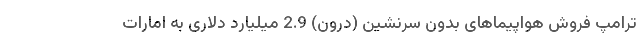
ترامپ فروش هواپیماهای بدون سرنشین (درون) 2.9 میلیارد دلاری به امارات